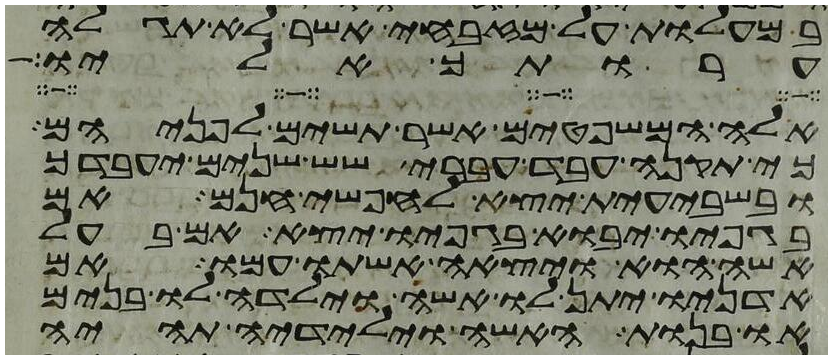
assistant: במעלות על מזבחי אשר לא תגלה
ערותך אליו
אלה המשפטים אשר תשים לפניהם
כי תקנה עבד עברי שש שנים יעבדך
ובשבעית יצא לחפשי חנם אם
בגפיו יבוא בגפיו יצא אם בעל
אשה הוא ויצאה אשתו עמו אם
אדניו יתן לו אשה וילדה לו בנים
או בנות האשה וילידיה תהיה